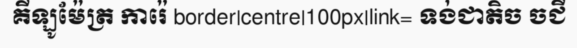
គីឡូម៉ែត្រ ការ៉េ border|centre|100px|link= ទង់ជាតិច ចជី